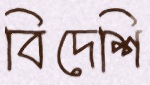
বিদেশি